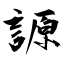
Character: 謜